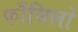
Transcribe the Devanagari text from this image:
फाँसिलों